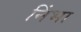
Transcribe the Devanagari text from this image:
निंभा